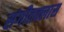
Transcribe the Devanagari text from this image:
संगीतक्लास